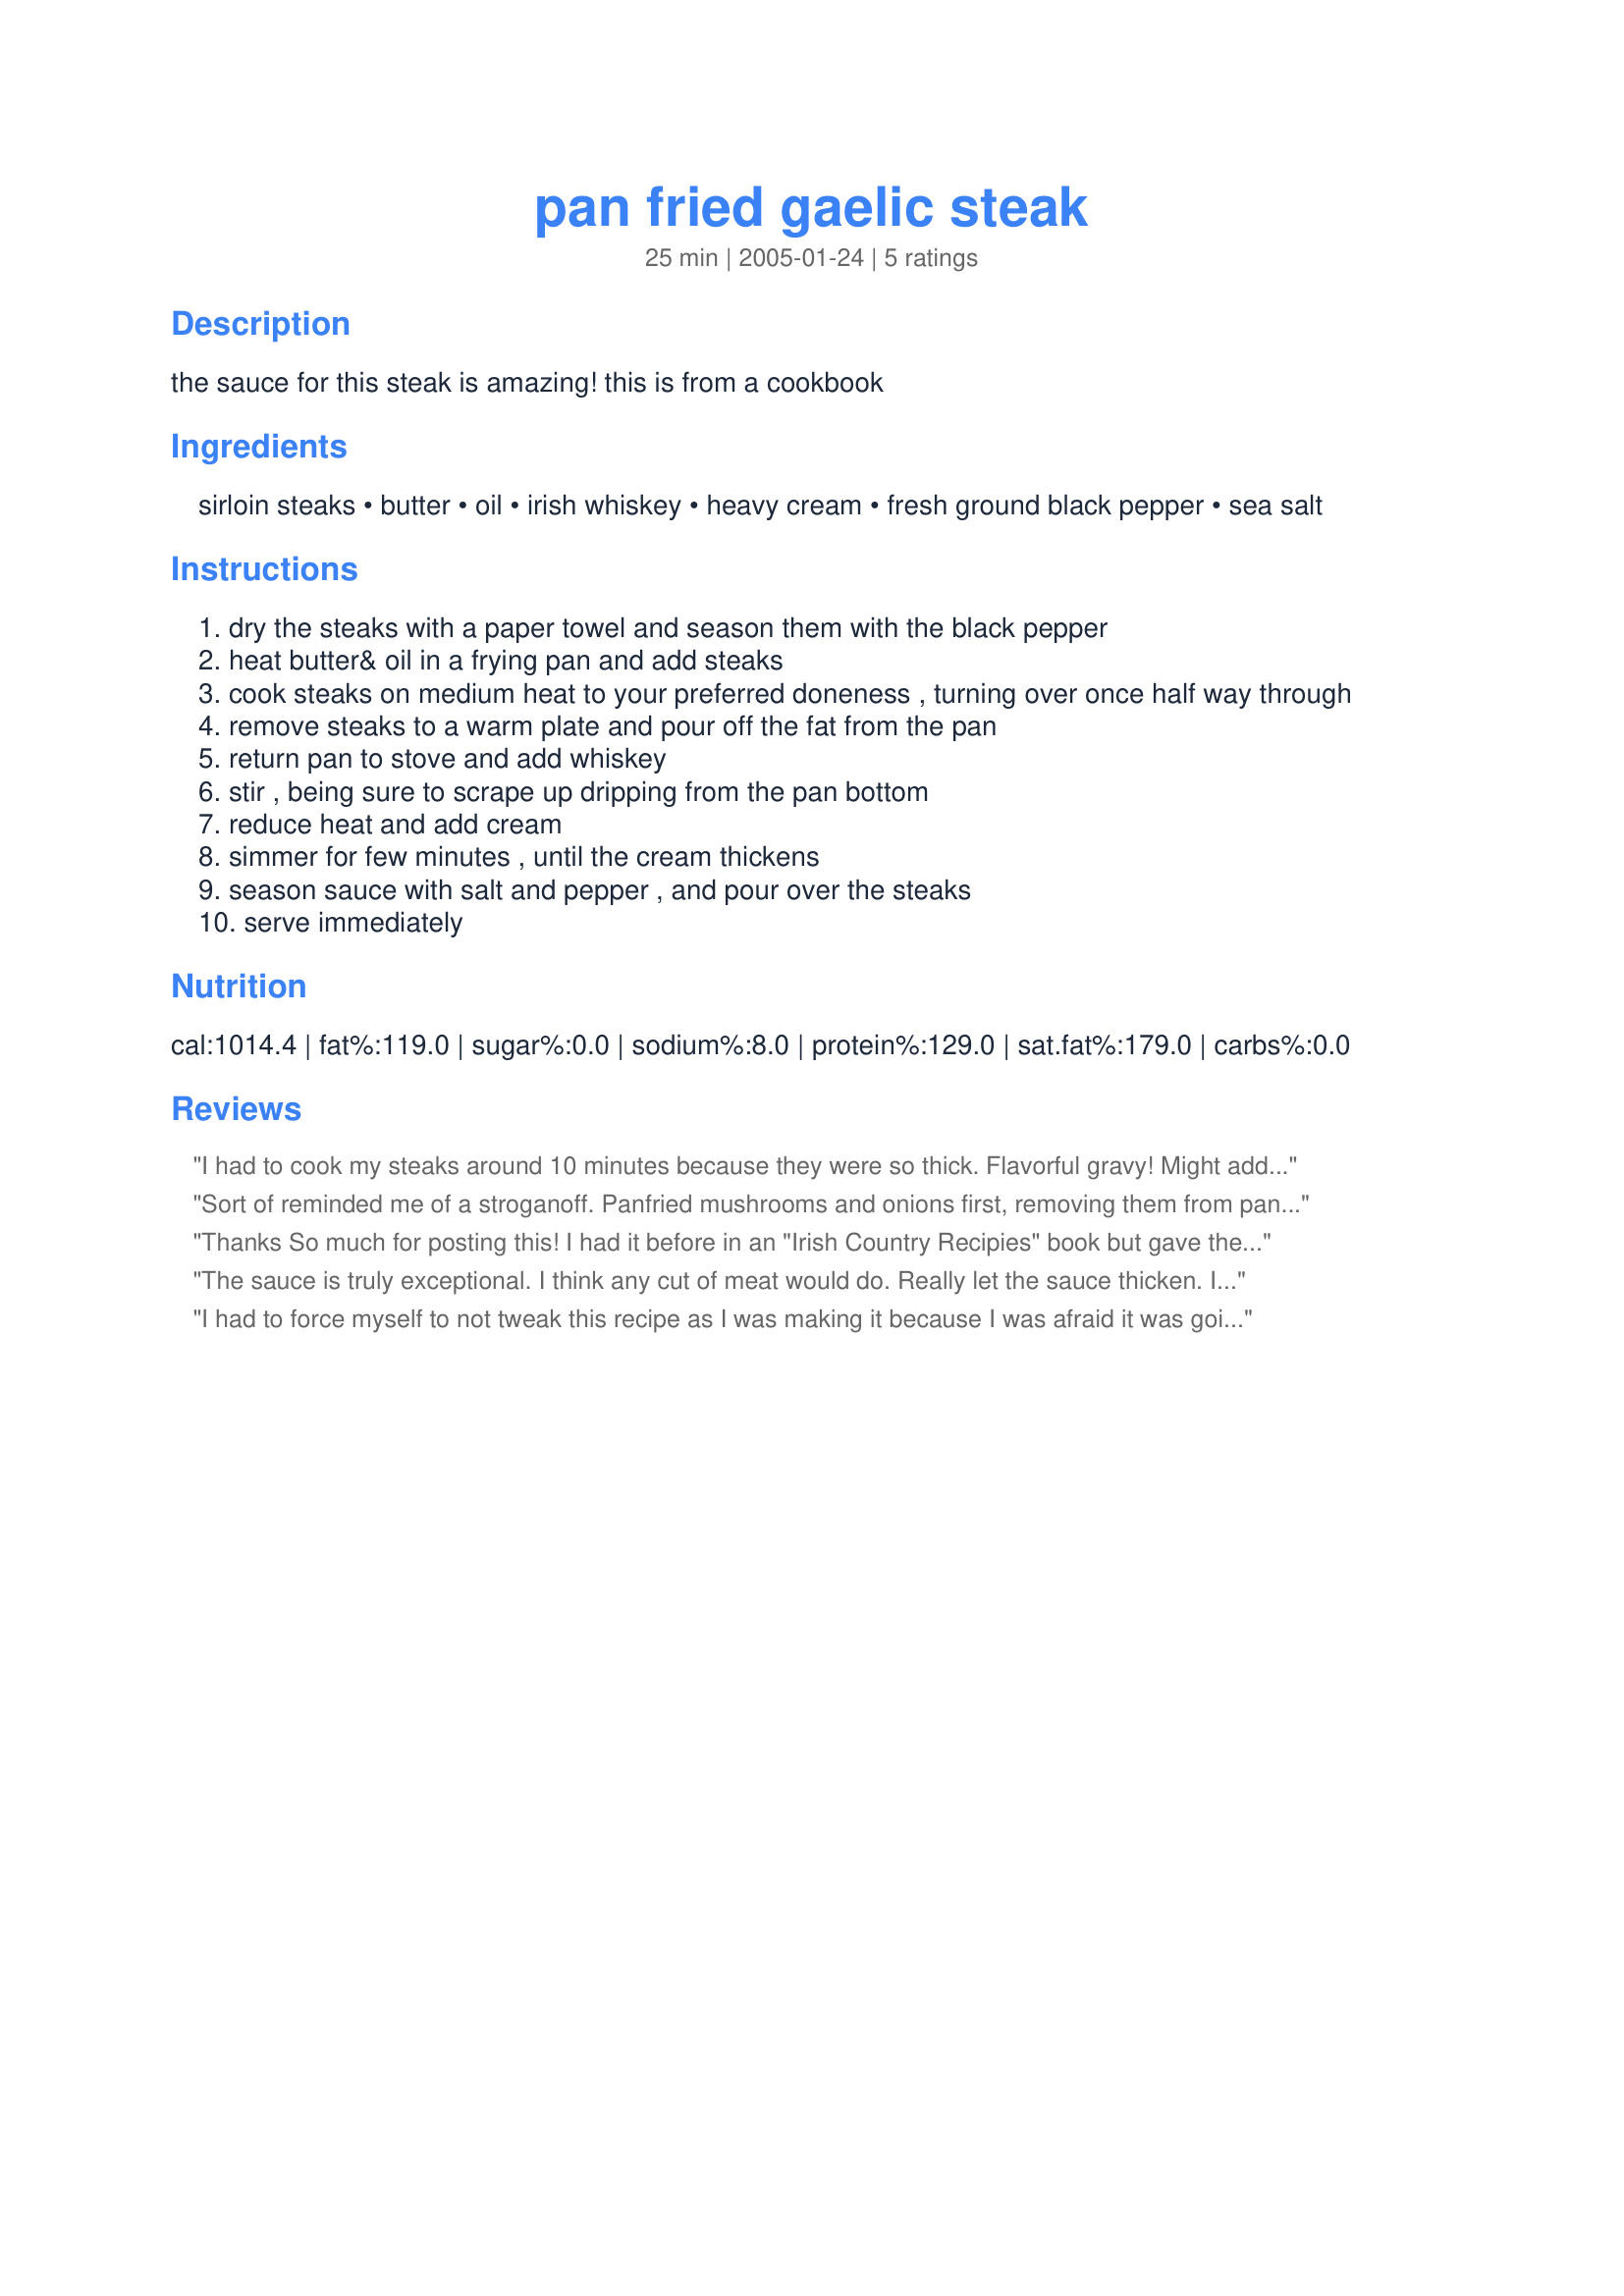
pan fried gaelic steak
Preparation time: 25 minutes

the sauce for this steak is amazing! this is from a cookbook

Ingredients:
sirloin steaks, butter, oil, irish whiskey, heavy cream, fresh ground black pepper, sea salt

Steps:
dry the steaks with a paper towel and season them with the black pepper
heat butter& oil in a frying pan and add steaks
cook steaks on medium heat to your preferred doneness , turning over once half way through
remove steaks to a warm plate and pour off the fat from the pan
return pan to stove and add whiskey
stir , being sure to scrape up dripping from the pan bottom
reduce heat and add cream
simmer for few minutes , until the cream thickens
season sauce with salt and pepper , and pour over the steaks
serve immediately

Reviews:
I had to cook my steaks around 10 minutes because they were so thick. Flavorful gravy! Might add 1tsp flour to pan drippings before whiskey and cream to make a thicker gravy. Saut&eacute;ed 8 oz of mushrooms in butter and sherry to top my steaks, yum!
Sort of reminded me of a stroganoff. Panfried mushrooms and onions first, removing them from pan and then panfried the steak. Adding the veggies back in. Used 1/2 cup cream, found it wasn't reducing so added some cornstarch. Was a good solid dish.
Thanks So much for posting this! I had it before in an "Irish Country Recipies" book but gave the book to my sister-in-law in the U.S,ever since I have searched high and low for the proper Gaelic steak recipe!
The sauce is truly exceptional. I think any cut of meat would do. Really let the sauce thicken. It doesn't taste right until it is very creamy.
I had to force myself to not tweak this recipe as I was making it because I was afraid it was going to be a bit bland....and I wasn't overly surprised when it was just as bland as I'd imagined.

It was fairly simple to prepare, except for remembering to let the steaks sit out so that they were room temp before cooking.

My DH didn't care for the sauce, he thought it was better without it, but I only tried it with the sauce, so I can't say as though I know either way. I wasn't overly impressed with the sauce or steak overall though.

Thanks for posting, but this recipe really isn't for us.
